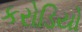
કરોડિયો